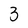
Character: 3